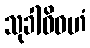
သုခါဓိဝဟံ